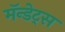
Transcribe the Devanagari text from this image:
मॅन्डेट्स